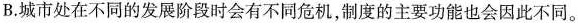
B.城市处在不同的发展阶段时会有不同危机，制度的主要功能也会因此不同。